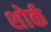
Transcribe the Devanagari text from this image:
शोर्क